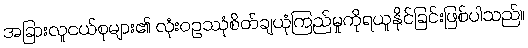
အခြားလူငယ်စုများ၏ လုံးဝဥဿုံစိတ်ချယုံကြည်မှုကိုရယူနိုင်ခြင်းဖြစ်ပါသည်။